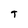
Character: T